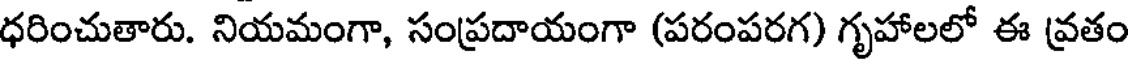
ధరించుతారు. నియమంగా, సంప్రదాయంగా (పరంపరగ) గృహాలలో ఈ వ్రతం